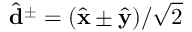
\hat { \mathbf { d } } ^ { \pm } = ( \hat { \mathbf { x } } \pm \hat { \mathbf { y } } ) / \sqrt { 2 }